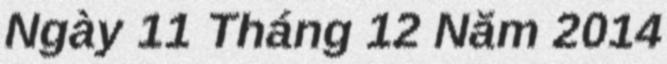
Ngày 11 Tháng 12 Năm 2014